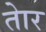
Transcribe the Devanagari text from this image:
तेार